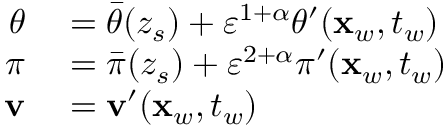
\begin{array} { r l } { \theta } & { { } = \bar { \theta } ( z _ { s } ) + { \varepsilon } ^ { 1 + \alpha } \theta ^ { \prime } ( \mathbf { x } _ { w } , t _ { w } ) } \\ { \pi } & { { } = \bar { \pi } ( z _ { s } ) + { \varepsilon } ^ { 2 + \alpha } \pi ^ { \prime } ( \mathbf { x } _ { w } , t _ { w } ) } \\ { \mathbf { v } } & { { } = \mathbf { v } ^ { \prime } ( \mathbf { x } _ { w } , t _ { w } ) } \end{array}